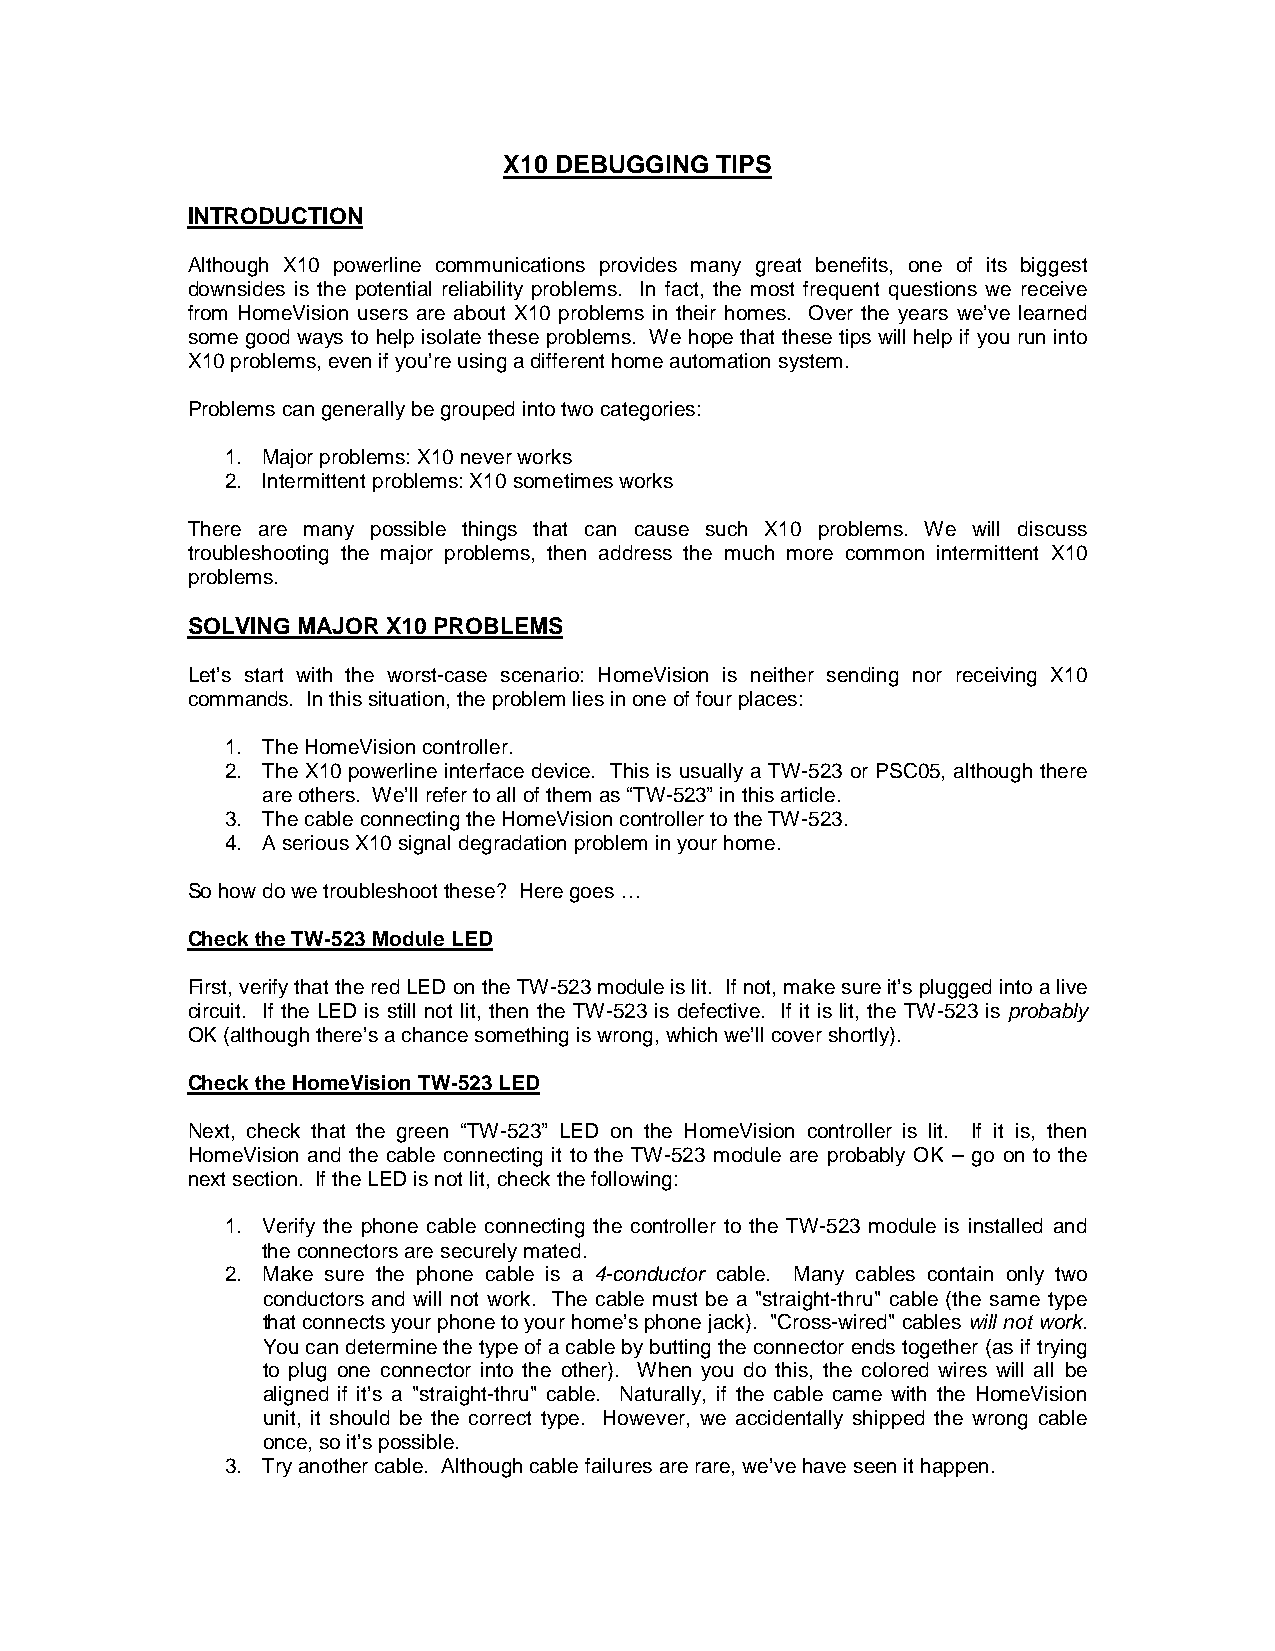
X10 DEBUGGING TIPS
 INTRODUCTION
 Although X10 powerline communications provides many great benefits, one of its biggest
 downsides is the potential reliability problems. In fact, the most frequent questions we receive
 from HomeVision users are about X10 problems in their homes. Over the years we’ve learned
 some good ways to help isolate these problems. We hope that these tips will help if you run into
 X10 problems, even if you’re using a different home automation system.
 Problems can generally be grouped into two categories:
 1. Major problems: X10 never works
 2. Intermittent problems: X10 sometimes works
 There are many possible things that can cause such X10 problems. We will discuss
 troubleshooting the major problems, then address the much more common intermittent X10
 problems.
 SOLVING MAJOR X10 PROBLEMS
 Let’s start with the worst-case scenario: HomeVision is neither sending nor receiving X10
 commands. In this situation, the problem lies in one of four places:
 1. The HomeVision controller.
 2. The X10 powerline interface device. This is usually a TW-523 or PSC05, although there
 are others. We’ll refer to all of them as “TW-523” in this article.
 3. The cable connecting the HomeVision controller to the TW-523.
 4. A serious X10 signal degradation problem in your home.
 So how do we troubleshoot these? Here goes …
 Check the TW-523 Module LED
 First, verify that the red LED on the TW-523 module is lit. If not, make sure it’s plugged into a live
 circuit. If the LED is still not lit, then the TW-523 is defective. If it is lit, the TW-523 is probably
 OK (although there’s a chance something is wrong, which we’ll cover shortly).
 Check the HomeVision TW-523 LED
 Next, check that the green “TW-523” LED on the HomeVision controller is lit. If it is, then
 HomeVision and the cable connecting it to the TW-523 module are probably OK – go on to the
 next section. If the LED is not lit, check the following:
 1. Verify the phone cable connecting the controller to the TW-523 module is installed and
 the connectors are securely mated.
 2. Make sure the phone cable is a 4-conductor cable. Many cables contain only two
 conductors and will not work. The cable must be a "straight-thru" cable (the same type
 that connects your phone to your home’s phone jack). "Cross-wired" cables will not work.
 You can determine the type of a cable by butting the connector ends together (as if trying
 to plug one connector into the other). When you do this, the colored wires will all be
 aligned if it’s a "straight-thru" cable. Naturally, if the cable came with the HomeVision
 unit, it should be the correct type. However, we accidentally shipped the wrong cable
 once, so it’s possible.
 3. Try another cable. Although cable failures are rare, we’ve have seen it happen.